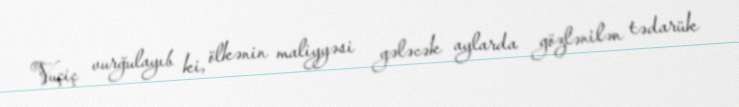
Vuçiç vurğulayıb ki, ölkənin maliyyəsi gələcək aylarda gözlənilən tədarük